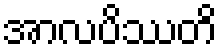
အာလပိဿတိ